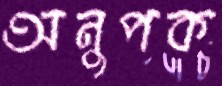
অনুপক